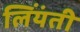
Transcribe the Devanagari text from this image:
लिंयंती